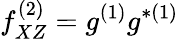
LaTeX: f_{XZ}^{(2)}=g^{(1)}g^{\ast(1)}\,